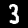
Digit: 3